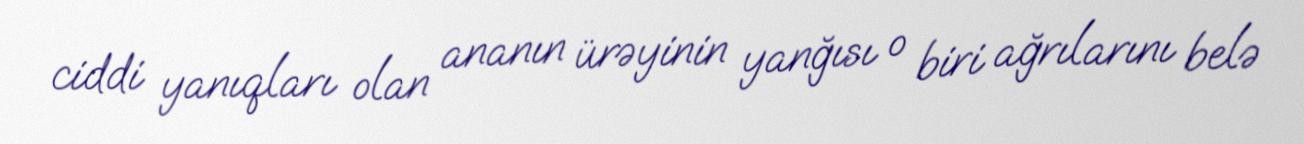
ciddi yanıqları olan ananın ürəyinin yanğısı o biri ağrılarını belə